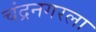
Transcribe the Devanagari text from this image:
चंद्रनगरला